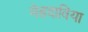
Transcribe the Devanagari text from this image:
मेहदाविया